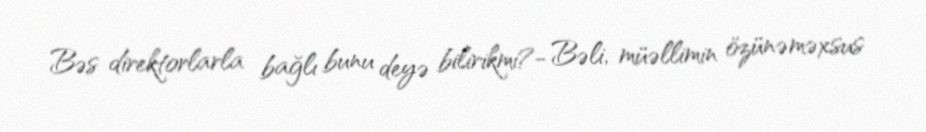
Bəs direktorlarla bağlı bunu deyə bilirikmi?- Bəli, müəllimin özünəməxsus